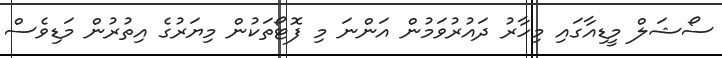
ސޯޝަލް މީޑިއާގައި މިހާރު ދައުރުވަމުން އަންނަ މި ފޮޓޯތަކުން މިޔަރުގެ އިތުރުން މަޑިވެސް